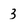
Character: 3